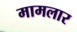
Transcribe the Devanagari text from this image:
मामलार